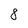
Character: 8